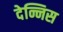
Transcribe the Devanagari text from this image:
देन्निस